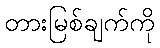
တားမြစ်ချက်ကို